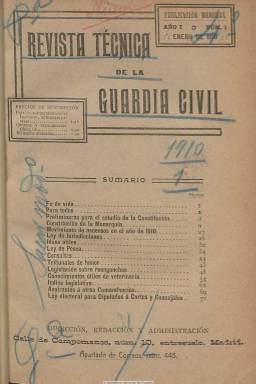
Título: Revista técnica de la Guardia Civil
Colección: Fuerzas del orden
Ámbito geográfico: Madrid
Lugar de publicación: Madrid
Fechas: 31/01/1910-31/07/1936

Incluye cuatro publicaciones monográficas:
- Ensayo de diccionario de servicio de la Guardia Civil (1915)
- Identificación de delincuentes en la Guardia Civil (1916)
- Vocabulario de ferrocarriles en lo referente a derechos y deberes de empresas y público (1916)
- Pauta y consejos para mejor hacer la noticia topográfica de la demarcación... (1918)
----------------------------------------
Fundada por el entonces capitán de la Guardia Civil Miguel Gistau Ferrando (1870-1920), es una publicación mensual que aparece en enero de 1910, no como “un periódico profesional más, que se lanza a la palestra para hacer opinión, pedir mejoras o ser el eco de una determinada clase”, pues su programa se encierra, dice su artículo de presentación, en “ser útil”, compendiando las materias jurídicas, reglamentarias, históricas, técnico-profesionales o del movimiento del personal que afectaban a un cuerpo policial que por entonces contaba con más de veinte mil efectivos repartidos por toda España, como “representantes de la ley, con múltiples cometidos que cumplir y por su diseminación y apartamiento de los grandes centros, imposibilitados de tener al día” los conocimientos y saberes de tales materias para el correcto cumplimiento de sus competencias. En dicha presentación se dirá que la revista no dará cabida, a “artículos laudatorios personales, crónicas llenas de fuego pidiendo esta o la otra mejora; gacetillas con el último revuelo político o la crítica sobre actos de quienes ejercen el mando”. Aún así, sus páginas ofrecerán semblanzas –cuando sean nombrados o ascendidos jerárquicamente para ello- de tales mandos o de los ministros o cargos públicos en cuya responsabilidad caía la actuación de una Institución, por antonomasia llamada Benemérita, y llegará a ofrecer informaciones relativas al orden público en circunstancias como las protagonizadas por los movimientos obreros, como es el caso de los acaecidos durante la II República Española. La importancia de esta revista radica, entre otros aspectos, en su larga existencia, pues no estará incursa en la ley de 1932 de prohibición de los periódicos de carácter político-militar, y su publicación alcanzará hasta julio de 1936.

Aparecerá al final de cada mes, en entregas en torno a las 80, páginas, aunque en ocasiones las superará con creces cuando inserte monografías especiales. Sus páginas, compuestas a una y después a dos columnas, dan cabida a textos de leyes, reglamentos, extractos e índices de legislación, disposiciones oficiales de todos los departamentos ministeriales cuyo conocimiento precisan los miembros del cuerpo, códigos, formularios, ideas y conocimientos útiles para todas las clases y mandos, consultorio personal y del servicio o escaletas con los nombres, unidades y puntos donde presenten sus servicios los jefes, oficiales y clases del benemérito cuerpo. También con artículos de carácter técnico y práctico. Cada número contará con un sumario y cada semestre forma un tomo con un índice de materias.

Los autores de sus artículos prácticos e instructivos serán jefes y oficiales del instituto armado y la revista contará, al principio, con un administrador, en la persona de Guillermo Salamanca, teniente retirado de la Guardia Civil. En 1916 será “declarada de utilidad” por real orden. Pertenecerá a Editorial Marte, también editora de la revista El mundo militar (1908-1919), fundada también por Gistau, y cuando fallezca este -autor también de libros militares, entre ellos una historia del instituto-, en 1920, cuando ya había alcanzado el grado de teniente coronel y había sido asimismo bibliotecario de la Biblioteca del Centro del Ejército y la Armada, le sucederá en la dirección o responsabilidad de la revista el por entonces teniente coronel de la Guardia Civil Pedro Serrano de la Fuente, que como coronel retirado sería nombrado general de brigada honorario en 1935. Excepto el nombre de su fundador, bajo la cabecera de la revista en ningún momento se indican los nombres de sus directores, redactores principales o cualquier otra responsabilidad editorial.

Como botón de muestra de sus contenidos he aquí algunos de los títulos de los trabajos que comienza a publicar la revista: Estudio de la Constitución de la Monarquía, por el capitán J. Fernández; La guardia rural y forestal, por el teniente coronel Rubio; La Guardia Civil como órgano del Poder ejecutivo, por el capitán López Herrera; El mando de armas y la administración, por Castillo y Zulueta; La Guardia Civil y el Poder Judicial, por el capitán López Herrera; Los haberes de la tropa, por Marcial Mochila; El modernismo y la Guardia Civil, por el capitán Armiño; De los gitanos, por el capitán Gutiérrez del Olmo; Secuestro, robo en despoblado y en cuadrilla y proceso del jefe de línea, por Román Morales Martínez; Criminología e identificación: huellas digitales, por el comandante José Pastor.

La revista llegará a tener una sección bajo el epígrafe Tribuna libre; dará cuenta también de las actuaciones del cuerpo durante los conflictos armados en Marruecos y ofrecerá reportajes de los cuerpos policiales de otros países europeos, como es el caso de la Gendarmería francesa. A partir de octubre de 1918 comenzará a insertar fotografías, con retratos de autoridades y miembros del instituto, desfiles, casas-cuartel, etc., además de otros grabados con dibujos y figuras. Y a partir de enero de 1919 sus portadas ocuparán un fotograbado a toda plana, además de seguir insertando otros dentro de los textos.

Su longevidad hace de esta revista una fuente de capital importancia para conocer el desarrollo y evolución de un cuerpo policial de “espíritu y disciplina insuperables” durante el decisivo primer tercio del siglo veinte español. En su primer número (mayo de 1931) tras la proclamación “incruenta” de la II República Española, aparecerá escrito en su artículo editorial: “La Guardia Civil, dirigida sabiamente por el general Sanjurjo, se sostuvo en un plano de neutralidad absoluta respecto a las contiendas políticas, respetando la voluntad del pueblo y sirviendo con lealtad al Poder constituido”. No será así la conducta posterior del general que cita, entonces director general del cuerpo, como principal protagonista de los golpes de Estado de 1932 y el que provocó la guerra civil española y la consiguiente longeva dictadura militar. También este acabó con la vida de la revista, que tras veintisiete años de fructífera vida publicará el número 317 y último en julio de 1936.